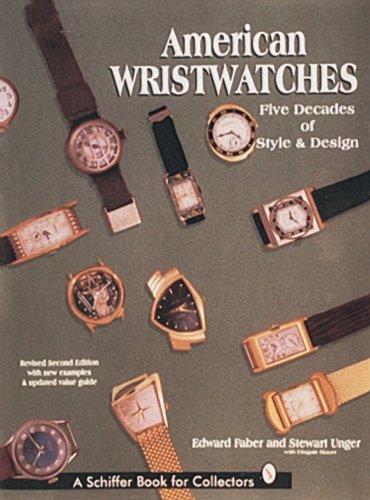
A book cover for American Wristwatches: Five Decades of Style and Design (Schiffer Book for Collectors); Edward Faber; Crafts, Hobbies & Home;